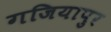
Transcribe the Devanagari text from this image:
गजियापुर